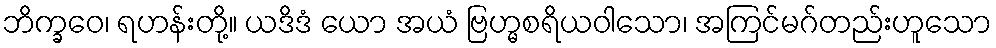
ဘိက္ခဝေ၊ ရဟန်းတို့။ ယဒိဒံ ယော အယံ ဗြဟ္မစရိယဝါသော၊ အကြင်မဂ်တည်းဟူသော